Report of the Indian Hemp Drugs Commission, 1894-1895 - Volume III
Year: 1894
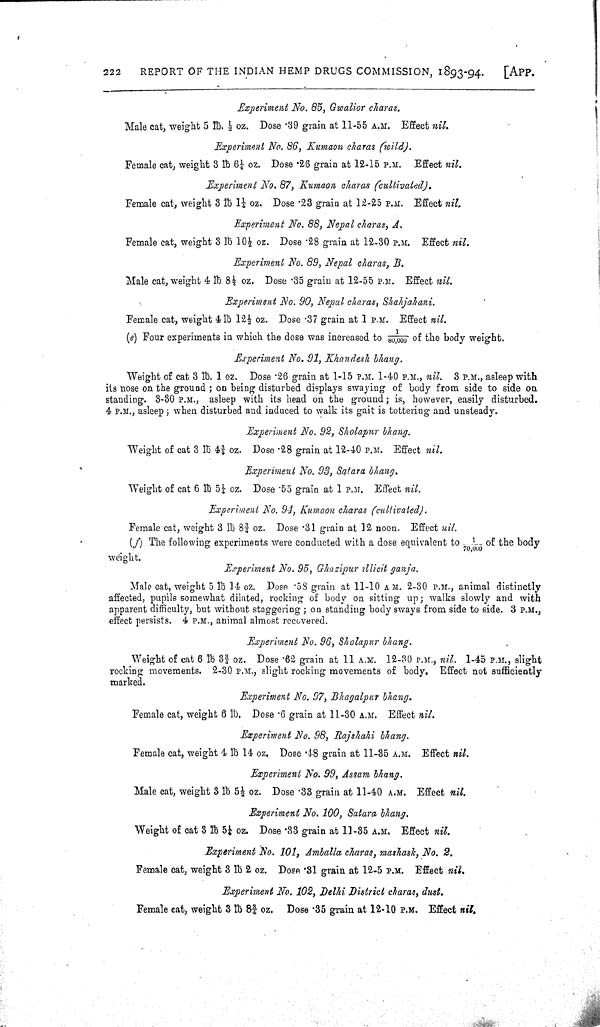
222
REPORT OF THE INDIAN HEMP DRUGS COMMISSION, 1893-94.
[APP.
Experiment No. 85, Gwalior charas.
Male cat, weight 5 lb. 1/4 oz. Dose .39 grain at 11-55 A.M. Effect nil.
Experiment No. 86, Kumaon charas (wild).
Female cat, weight 3 lb 61/4 oz. Dose .26 grain at 12-15 P.M. Effect nil.
Experiment No. 87, Kumaon charas (cultivated).
Female cat, weight 3 lb 11/4 oz. Dose .23 grain at 12-25 P.M. Effect nil.
Experiment No. 88, Nepal charas, A.
Female cat, weight 3 lb 101/2 oz. Dose .28 grain at 12-30 P.M. Effect nil.
Experiment No. 89, Nepal charas, B.
Male cat, weight 4 lb 81/2 oz. Dose .35 grain at 12-55 P.M. Effect nil.
Experiment No. 90, Nepal charas, Shahjahani.
Female cat, weight 4 lb 121/2 oz. Dose .37 grain at 1 P.M. Effect nil.
(e) Four experiments in which the dose was increased to 1/80,000 of the body weight.
Experiment No. 91, Khandesh bhang.
Weight of cat 3 lb. 1 oz. Dose .26 grain at 1-15 P.M. 1-40 P.M., nil. 3 P.M., asleep with
its nose on the ground; on being disturbed displays swaying of body from side to side on
standing. 3-30 P.M., asleep with its head on the ground; is, however, easily disturbed.
4 P.M., asleep; when disturbed and induced to walk its gait is tottering and unsteady.
Experiment No. 92, Sholapur bhang.
Weight of cat 3 lb 43/4 oz. Dose .28 grain at 12-40 P.M. Effect nil.
Experiment No. 93, Satara bhang.
Weight of cat 6 lb 51/4 oz. Dose .55 grain at 1 p.M. Effect nil.
Experiment No. 94, Kumaon charas (cultivated).
Female cat, weight 3 lb 83/4 oz. Dose .31 grain at 12 noon. Effect nil.
(f) The following experiments were conducted with a dose equivalent to 1/70,000 of the body
weight.
Experiment No. 95, Ghazipur illicit ganja.
Male cat, weight 5 lb 14 oz. Dose .58 grain at 11-10 A M. 2-30 P.M., animal distinctly
affected, pupils somewhat dilated, rocking of body on sitting up; walks slowly and with
apparent difficulty, but without staggering; on standing body sways from side to side. 3 P.M.,
effect persists. 4 P.M., animal almost recovered.
Experiment No. 96, Sholapur bhang.
Weight of cat 6 lb 33/4 oz. Dose .62 grain at 11 A.M. 12-30 P.M., nil. 1-45 P.M., slight
rocking movements. 2-30 P.M., slight rocking movements of body. Effect not sufficiently
marked.
Experiment No. 97, Bhagalpur bhang.
Female cat, weight 6 lb. Dose .6 grain at 11-30 A.M. Effect nil.
Experiment No. 98, Rajshahi bhang.
Female cat, weight 4 lb 14 oz. Dose .48 grain at 11-35 A.M. Effect nil.
Experiment No. 99, Assam bhang.
Male cat, weight 3 lb 51/2 oz. Dose .33 grain at 11-40 A.M. Effect nil.
Experiment No. 100, Satara bhang.
Weight of cat 3 lb 51/4 oz. Dose .33 grain at 11-35 A.M. Effect nil.
Experiment No. 101, Amballa charas, mashask, No. 2.
Female cat, weight 3 lb 2 oz. Dose .31 grain at 12-5 P.M. Effect nil.
Experiment No. 102, Delhi District charas, dust.
Female eat, weight 3 lb 83/4 oz. Dose .35 grain at 12-10 P.M. Effect nil.